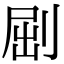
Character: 𠜾